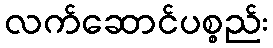
လက်ဆောင်ပစ္စည်း